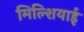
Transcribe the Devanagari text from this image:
मिल्शियाई